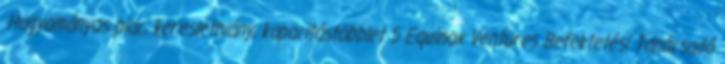
-Hagyományos piac, kereslethiány, kapacitástöbblet 5 Equinox Ventures Befektetési Tanácsadó